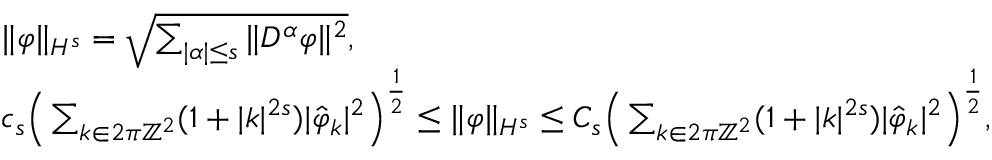
\begin{array} { r l } & { \| \varphi \| _ { H ^ { s } } = \sqrt { \sum _ { | \alpha | \leq s } \| D ^ { \alpha } \varphi \| ^ { 2 } } , } \\ & { c _ { s } \Big ( \sum _ { \boldsymbol { k } \in 2 \pi \mathbb { Z } ^ { 2 } } ( 1 + | \boldsymbol { k } | ^ { 2 s } ) | \hat { \varphi } _ { \boldsymbol { k } } | ^ { 2 } \Big ) ^ { \frac { 1 } { 2 } } \leq \| \varphi \| _ { H ^ { s } } \leq C _ { s } \Big ( \sum _ { \boldsymbol { k } \in 2 \pi \mathbb { Z } ^ { 2 } } ( 1 + | \boldsymbol { k } | ^ { 2 s } ) | \hat { \varphi } _ { \boldsymbol { k } } | ^ { 2 } \Big ) ^ { \frac { 1 } { 2 } } , } \end{array}